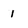
Character: 1